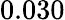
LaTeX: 0.030